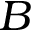
B